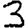
Digit: 3